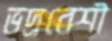
ভদ্রবেশী